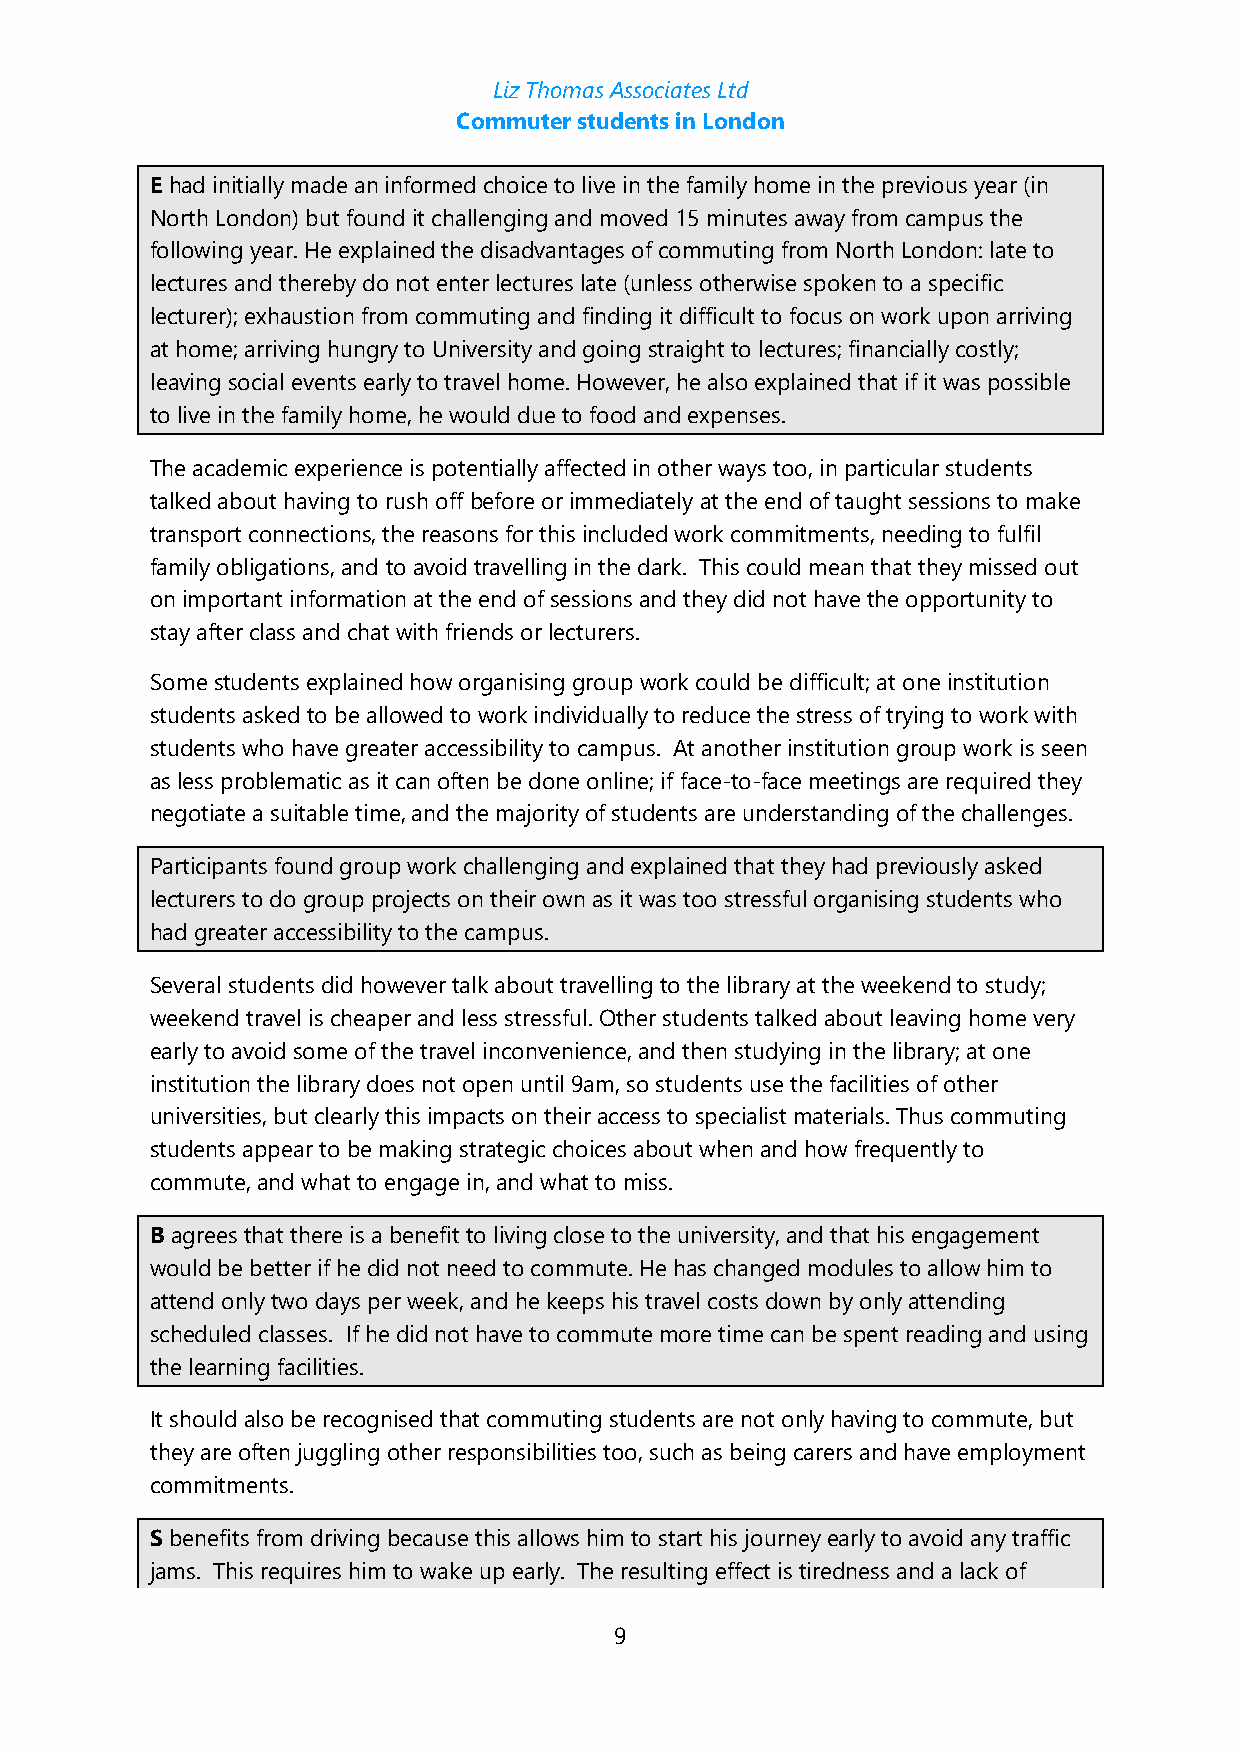
Liz Thomas Associates Ltd
 Commuter students in London
 E had initially made an informed choice to live in the family home in the previous year (in
 North London) but found it challenging and moved 15 minutes away from campus the
 following year. He explained the disadvantages of commuting from North London: late to
 lectures and thereby do not enter lectures late (unless otherwise spoken to a specific
 lecturer); exhaustion from commuting and finding it difficult to focus on work upon arriving
 at home; arriving hungry to University and going straight to lectures; financially costly;
 leaving social events early to travel home. However, he also explained that if it was possible
 to live in the family home, he would due to food and expenses.
 The academic experience is potentially affected in other ways too, in particular students
 talked about having to rush off before or immediately at the end of taught sessions to make
 transport connections, the reasons for this included work commitments, needing to fulfil
 family obligations, and to avoid travelling in the dark. This could mean that they missed out
 on important information at the end of sessions and they did not have the opportunity to
 stay after class and chat with friends or lecturers.
 Some students explained how organising group work could be difficult; at one institution
 students asked to be allowed to work individually to reduce the stress of trying to work with
 students who have greater accessibility to campus. At another institution group work is seen
 as less problematic as it can often be done online; if face-to-face meetings are required they
 negotiate a suitable time, and the majority of students are understanding of the challenges.
 Participants found group work challenging and explained that they had previously asked
 lecturers to do group projects on their own as it was too stressful organising students who
 had greater accessibility to the campus.
 Several students did however talk about travelling to the library at the weekend to study;
 weekend travel is cheaper and less stressful. Other students talked about leaving home very
 early to avoid some of the travel inconvenience, and then studying in the library; at one
 institution the library does not open until 9am, so students use the facilities of other
 universities, but clearly this impacts on their access to specialist materials. Thus commuting
 students appear to be making strategic choices about when and how frequently to
 commute, and what to engage in, and what to miss.
 B agrees that there is a benefit to living close to the university, and that his engagement
 would be better if he did not need to commute. He has changed modules to allow him to
 attend only two days per week, and he keeps his travel costs down by only attending
 scheduled classes. If he did not have to commute more time can be spent reading and using
 the learning facilities.
 It should also be recognised that commuting students are not only having to commute, but
 they are often juggling other responsibilities too, such as being carers and have employment
 commitments.
 S benefits from driving because this allows him to start his journey early to avoid any traffic
 jams. This requires him to wake up early. The resulting effect is tiredness and a lack of
 9